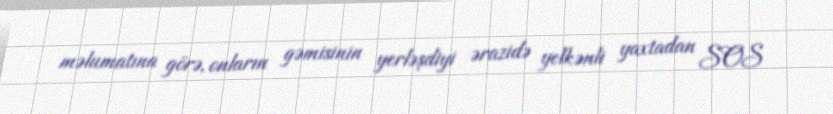
məlumatına görə, onların gəmisinin yerləşdiyi ərazidə yelkənli yaxtadan SOS